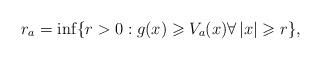
LaTeX: \begin{align*}r_a=\inf\{r>0:g(x)\geqslant V_a(x)\forall\,|x|\geqslant r\},\end{align*}